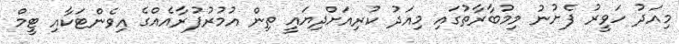
މިއަދު ހަވީރު ފެށުނު މިމުބާރާތުގައި މިއަދު ކުރިއަށްދިޔައީ ތިން އުމުރުފުރާއެއްގެ އިވެންޓަކާއި ޓީމް